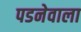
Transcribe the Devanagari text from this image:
पडनेवाला